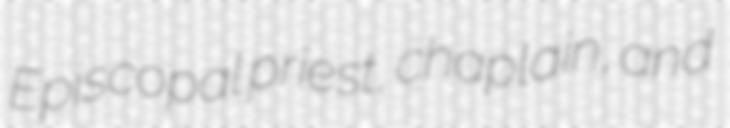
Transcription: Episcopal priest, chaplain, and